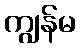
ကျွန်မ